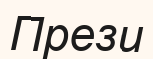
Прези